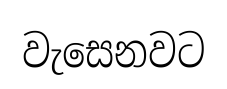
වැසෙනවට